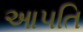
આપતિ